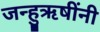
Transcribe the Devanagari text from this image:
जन्हुऋषींनी